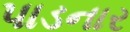
પાડનાર